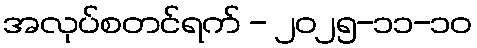
အလုပ်စတင်ရက် - ၂၀၂၅-၁၁-၁၀